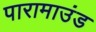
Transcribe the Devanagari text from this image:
पारामाउंड